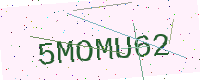
Text: 5MOMU62